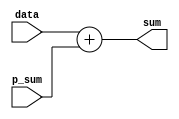
module acc (
    input   [3:0]   data    ,
    input   [13:0]  p_sum    ,
    output  [13:0]  sum     
);

wire [13:0] add1;

assign add1={10'b0,data};
assign sum=add1 + p_sum;


endmodule